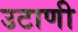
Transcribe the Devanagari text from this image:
उटाणी